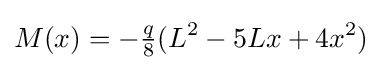
M(x)=-{\tfrac {q}{8}}(L^{2}-5Lx+4x^{2})